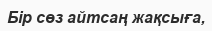
Бір сөз айтсаң жақсыға,